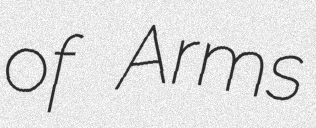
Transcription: of Arms